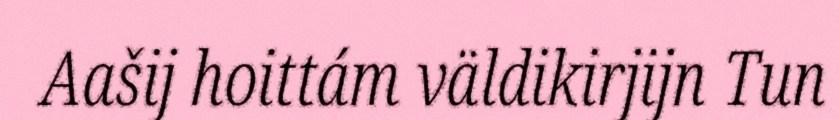
Aašij hoittám väldikirjijn Tun